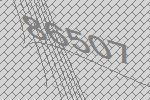
86507